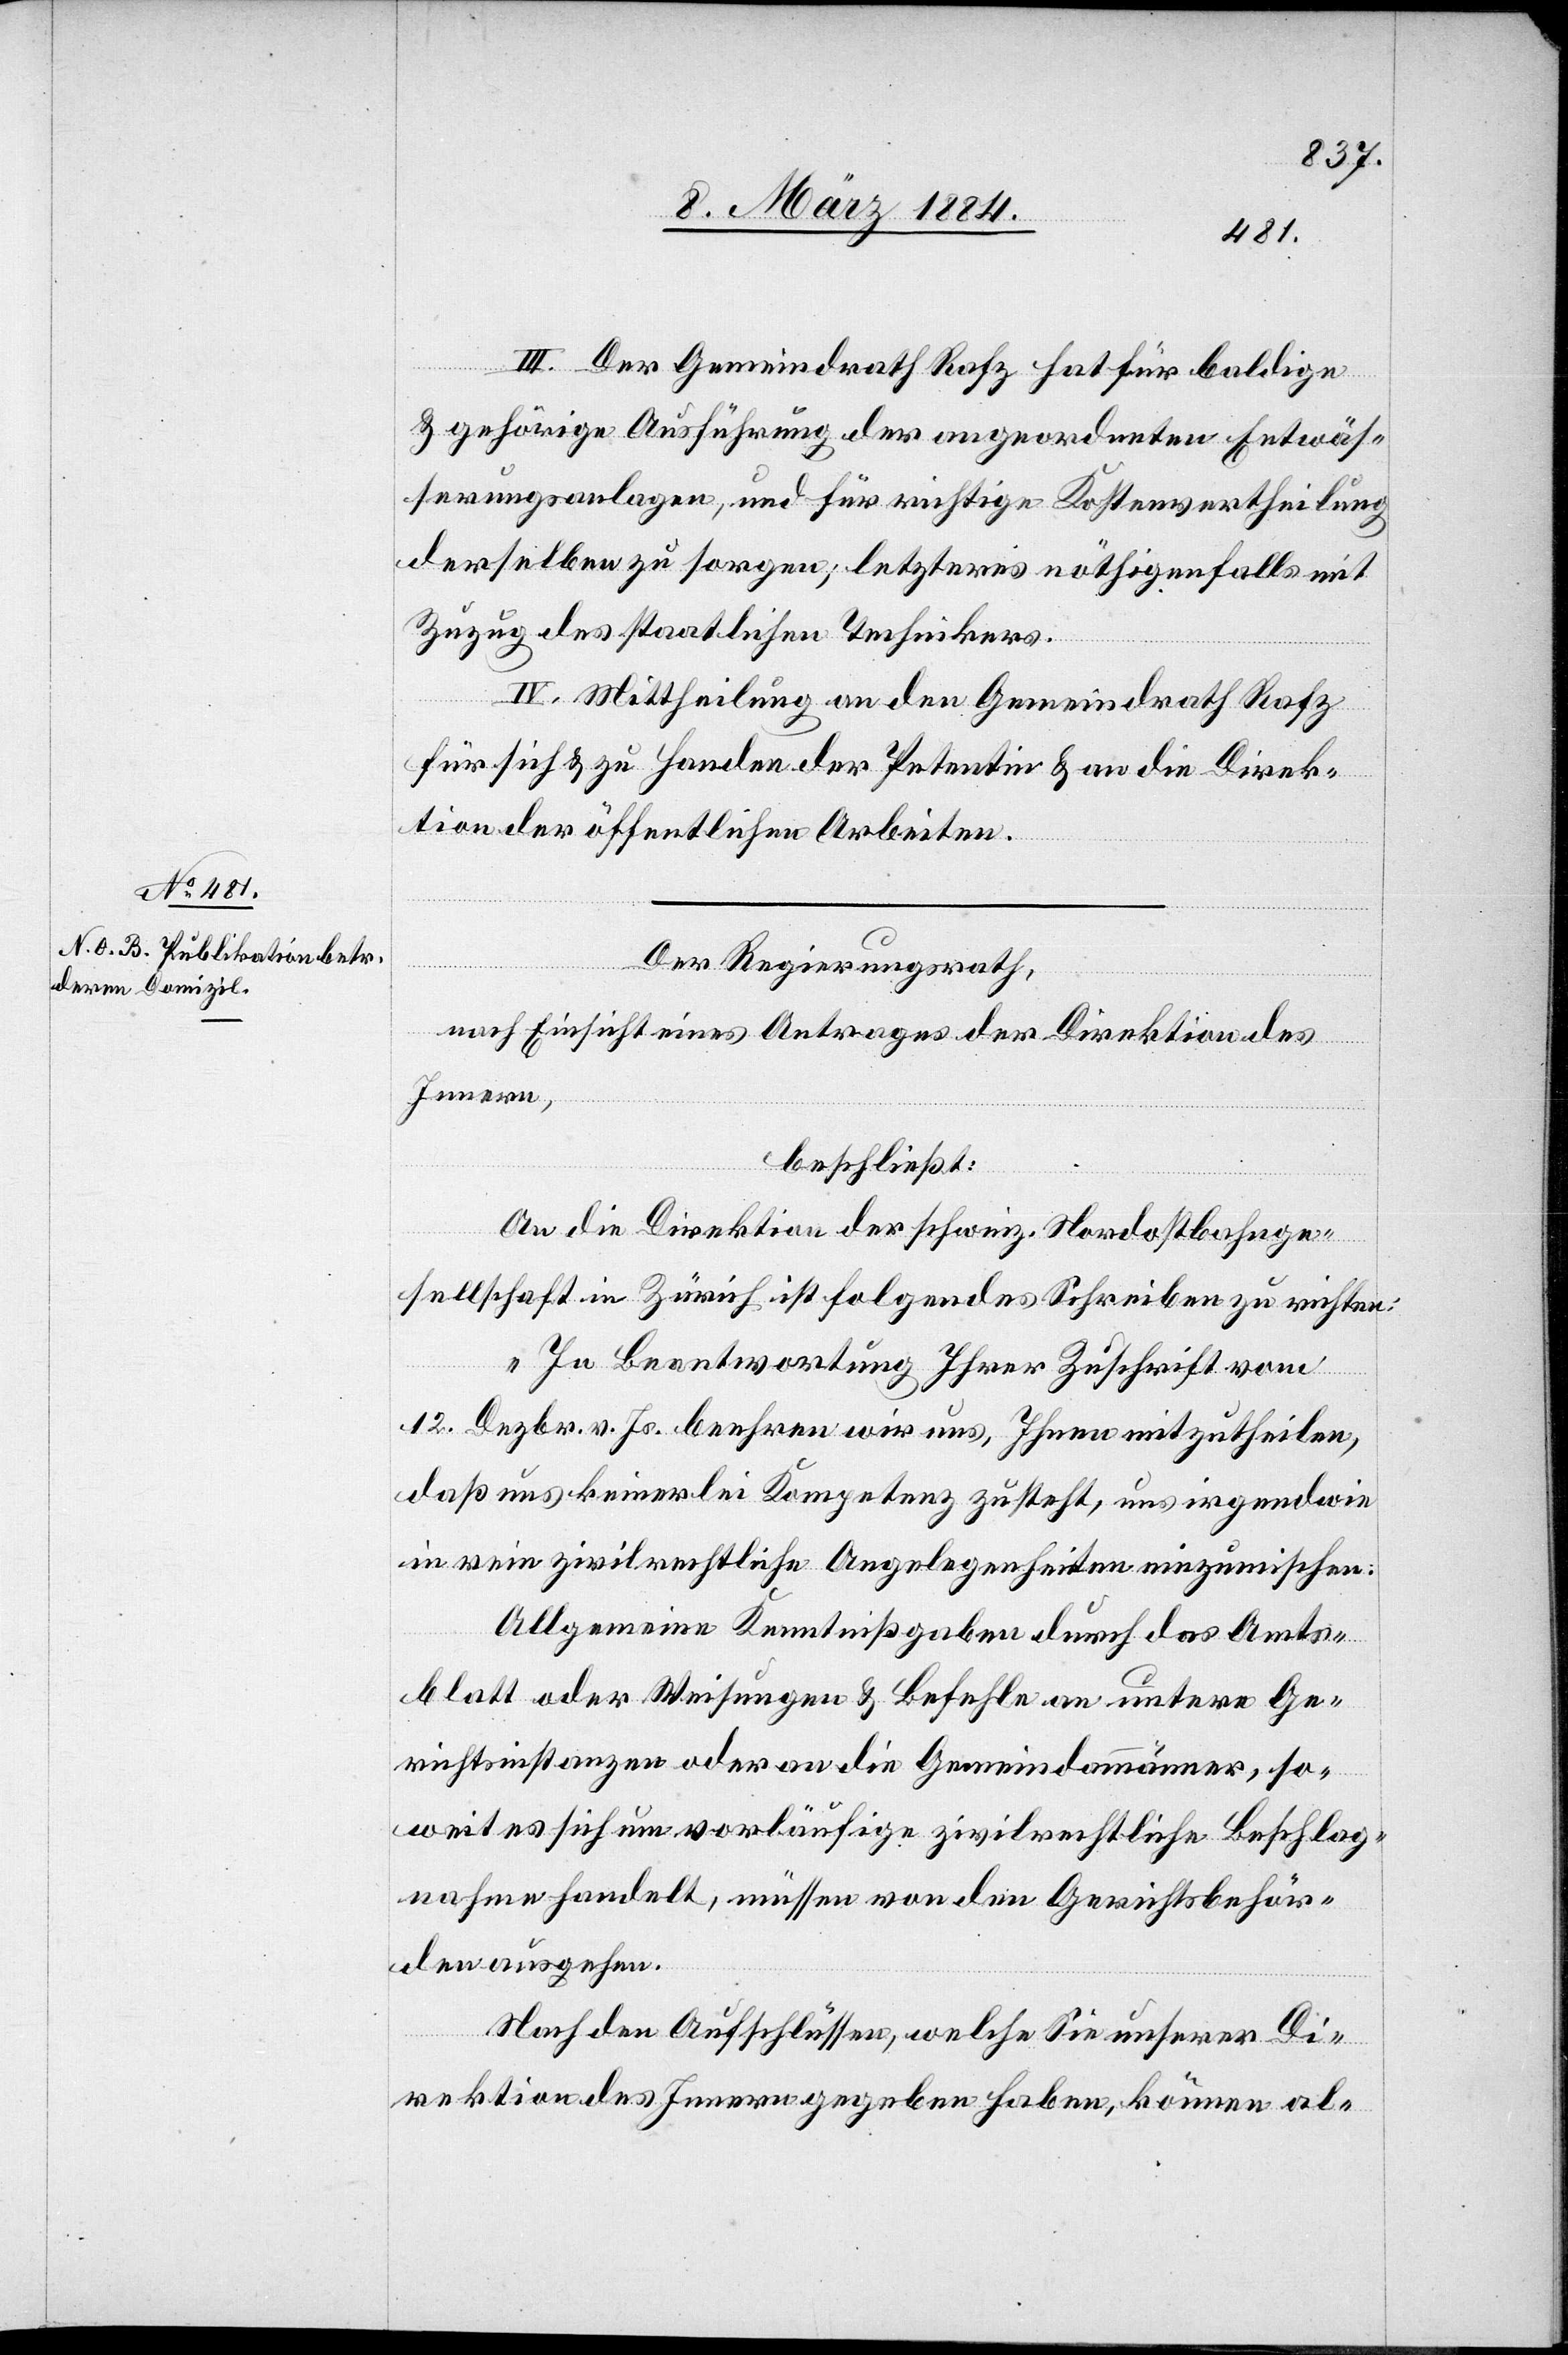
III. Der Gemeindrath Rafz hat für baldige
& gehörige Ausführung der angeordneten Entwäs¬
serungsanlagen, und für richtige Kostenvertheilung
derselben zu sorgen; letzeres nöthigenfalls mit
Zuzug des staatlichen Technikums.
IV. Mittheilung an den Gemeindrath Rafz
für sich & zu Handen der Petentin & an die Direk¬
tion der öffentlichen Arbeiten.
Der Regierungsrath,
nach Einsicht eines Antrages der Direktion des
Innern,
beschließt:
An die Direktion der schweiz. Nordostbahnge¬
sellschaft in Zürich ist folgendes Schreiben zu richten:
„In Beantwortung Ihrer Zuschrift vom
12. Dezbr. v. Js. beehren wir uns, Ihnen mitzutheilen,
daß uns keinerlei Kompetenzen zusteht, uns irgendwie
in rein zivilrechtliche Angelegenheiten einzumischen:
Allgemeine Kenntnißgabe durch das Amts¬
blatt oder Weisungen & Befehle an untere Ge¬
richtsinstanzen oder an die Gemeindeammänner, so¬
weit es sich um vorläufige zivilrechtliche Beschlag¬
nahme handelt, müssen von den Gerichtsbehör¬
den ausgehen.
Nach den Aufschlüssen, welche Sie unserer Di¬
rektion des Innern gegeben haben, können al-